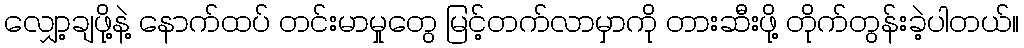
လျှော့ချဖို့နဲ့ နောက်ထပ် တင်းမာမှုတွေ မြင့်တက်လာမှာကို တားဆီးဖို့ တိုက်တွန်းခဲ့ပါတယ်။